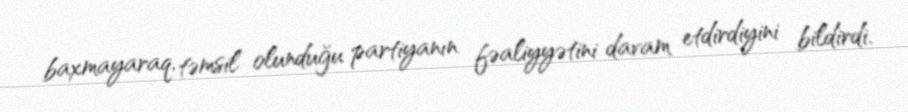
baxmayaraq, təmsil olunduğu partiyanın fəaliyyətini davam etdirdiyini bildirdi.